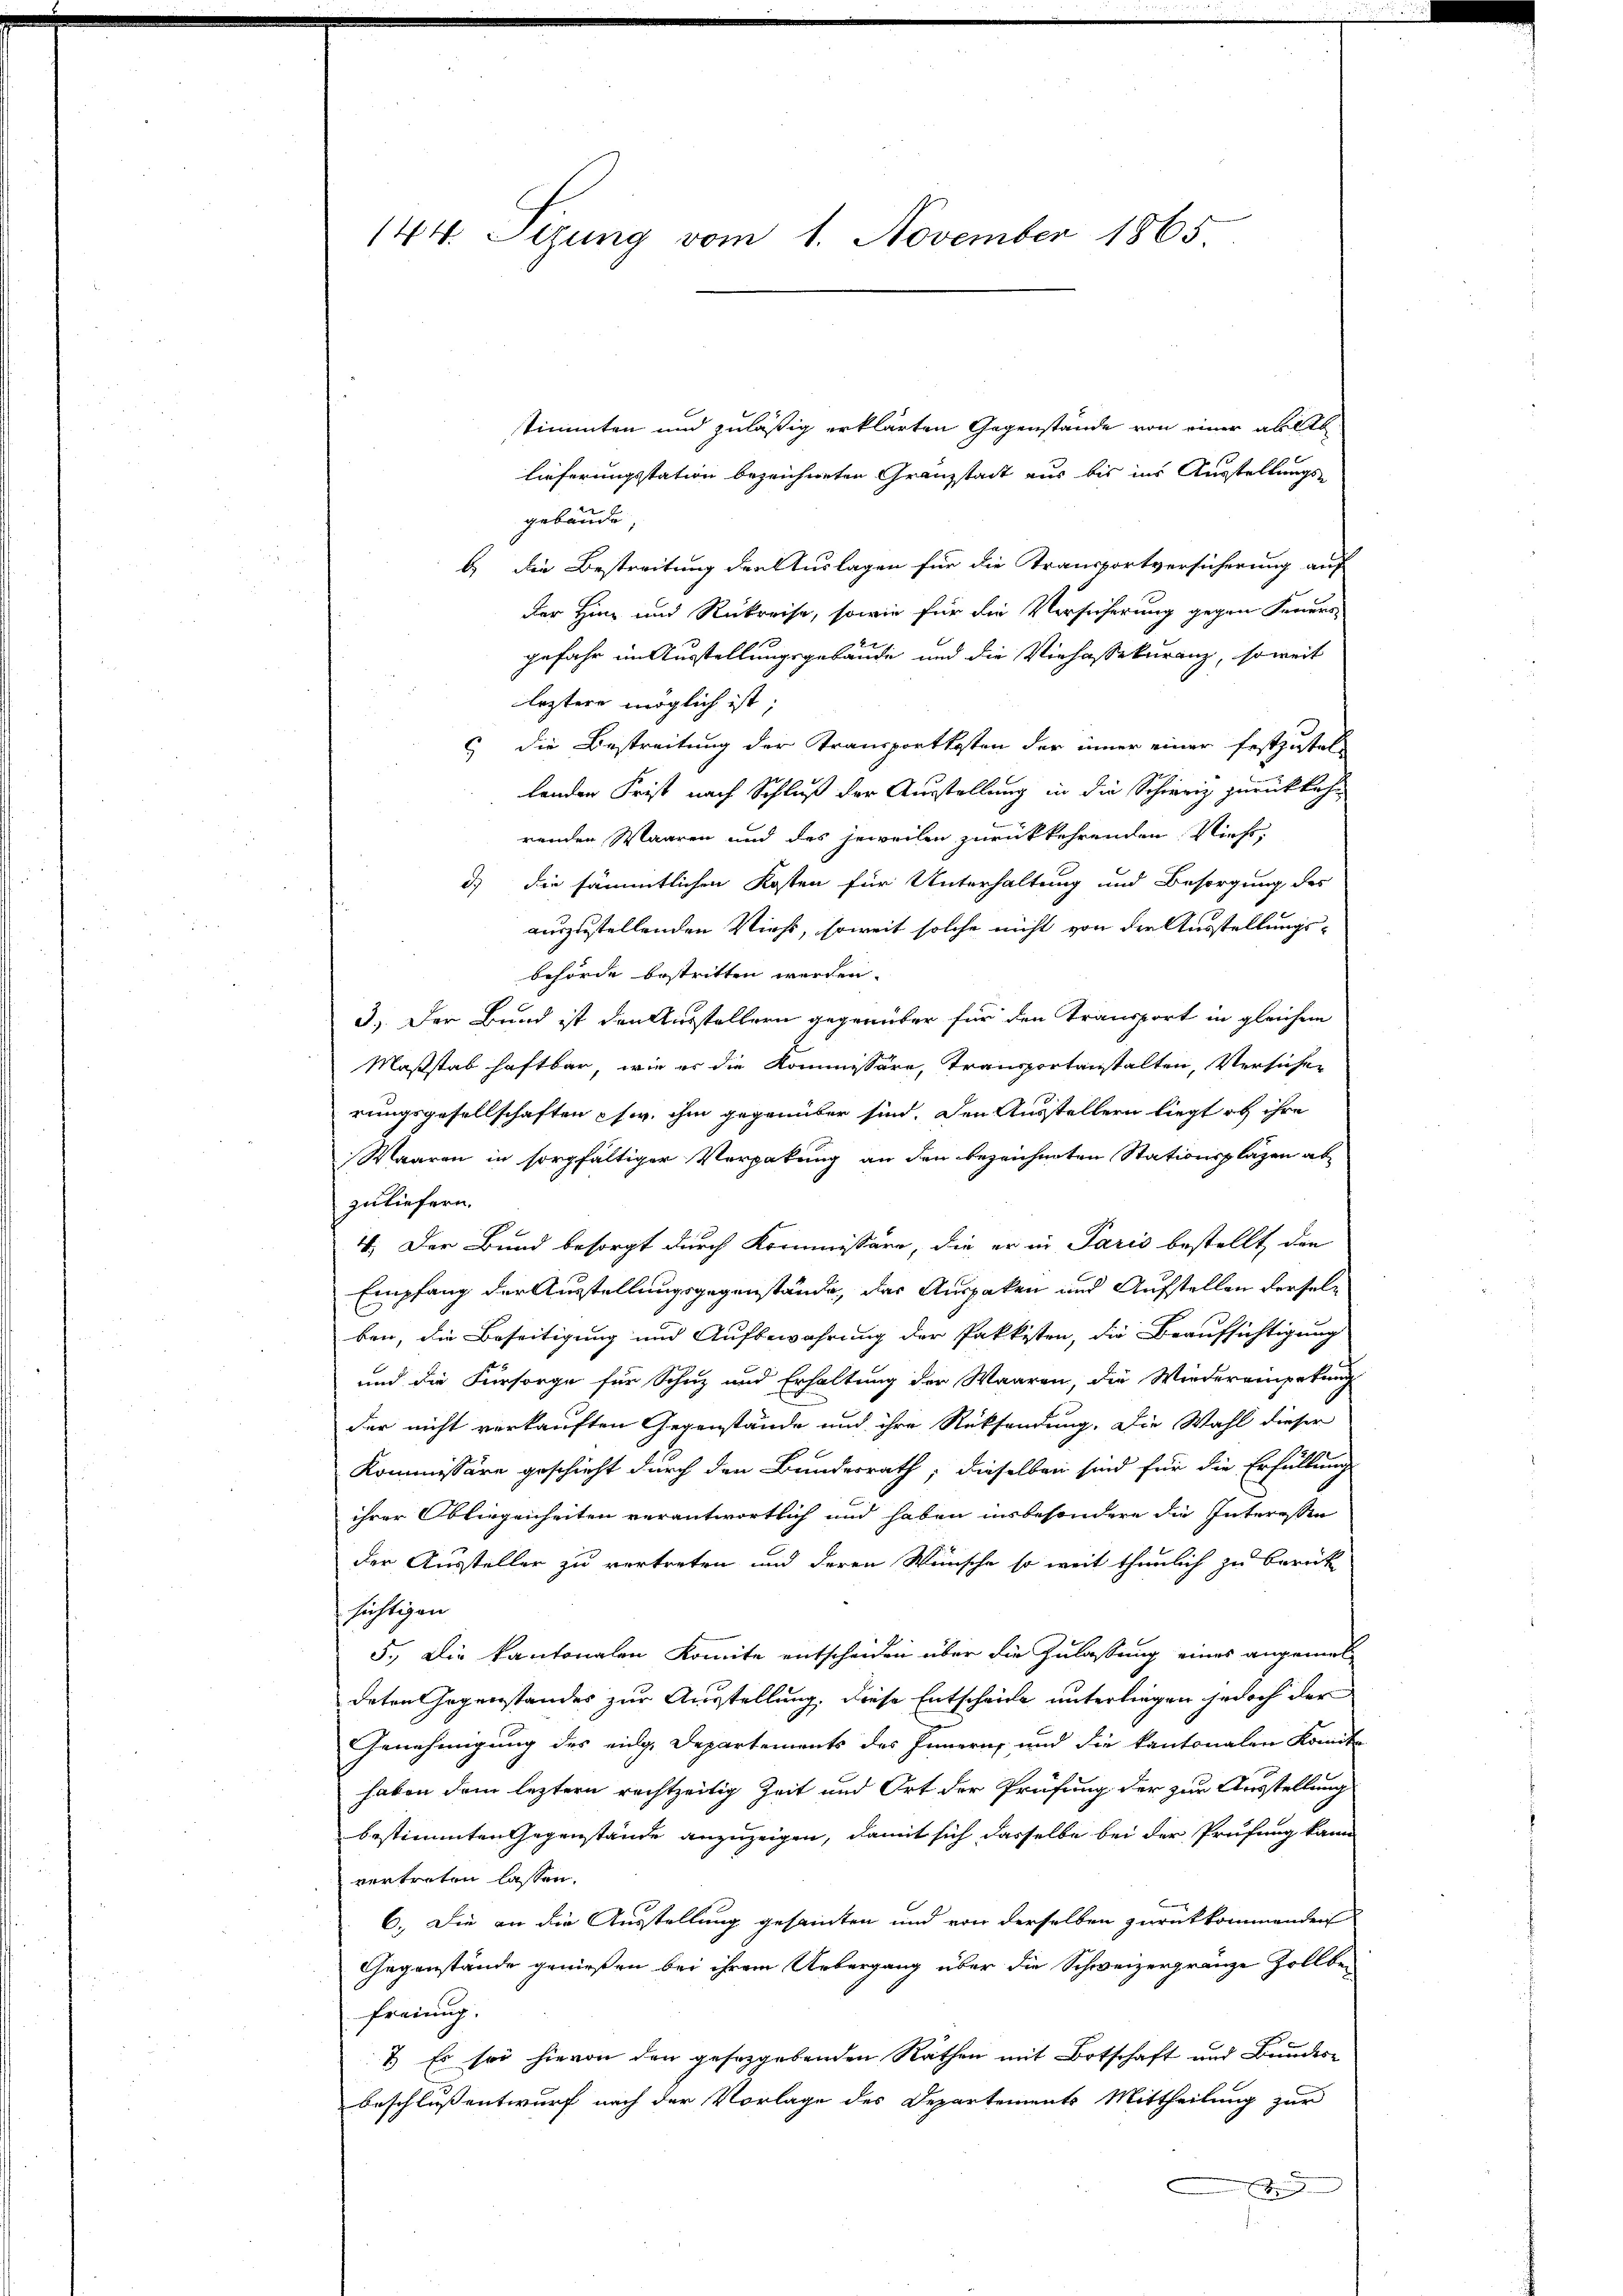
144. Sizung vom 1. November 1865

stimmten und zuläßig erklärten Gegenstände von einer abell
lieferungsstation bezeichneten Granzstadt aus bis ins Ausstellungs-
gebäude,
b.) Die Bestreitung der Auslagen für die Transportversicherung auf
der Hinz und Rukreise, sowie für die Versicherung gegen Feuers-
gefahr im Ausstellungsgebäude und die Viehassekuranz, soweit
leztere möglich ist;
c die Bestreitung der Transportkosten der inner einer festzustel-
landen Frist nach Schluß der Ausstellung in die Schierig zurückkehr
renden Waaren und des jeweilen zurückkehrenden Viehs,
d) die sämmtlichen Kosten für Unterhaltung und Besorgung des
auszustellenden Viehs, soweit solche nicht von der Ausstellungsbehörde bestritten werden.
3.) Der Bund ist den Ausstellern gegenüber für den Transport in gleichem
Maßstab haftbar, wie er die Kommissäre, Transportanstalten, Versicher
rungsgesellschaften usw. ihm gegenüber sind. Den Ausstellern liegt in ihre
Waaren in sorgfältiger Verpakung an den bezeichneten Stationsplazen ab
zuliefern.
V. Der Bund besorgt durch Kommissäre, die er in Paris bestellt, den
Empfang der Ausstellungsgegenstände, das Auspaken und Aufstellen derselben, die Beseitigung und Aufbewahrung der Pakkisten, die Beaufsichtigung
und die Fürsorge für Schuz und Erhaltung der Waaren, die Wiedereinpetung
der nicht verkauften Gegenstände und ihre Rücksendung. Die Wahl dieser
Kommissäre geschieht durch den Bundesrath, dieselben sind für die Erfüllung
ihrer Obliegenheiten verantwortlich und haben insbesondere die Interessen
der Aussteller zu vertreten und deren Wünsche so weit thunlich zu berück
sichtigen
5.) Die kantonalen Komite entscheiden über die Zulassung eines angemeldeten Gegenstandes zur Ausstellung, diese Entscheide unterliegen jedoch der
Genehmigung des eidg. Departements des Innern, und die kantonalen Komite
haben dem leztern rechtzeitig Zeit und Ort der Prüfung der zur Ausstellung
bestimmten Gegenstände anzuzeigen, damit sich dasselbe bei der Prüfung kann
vertreten lassen.
6. Die an die Ausstellung gesamten und von derselben zurückkommenden
Gegenstände genießen bei ihrem Uebergang über die Schweizergränze Zollber
freiung.
7. Es sei hievon den geseggebenden Räthen mit Botschaft und Bundesbeschluß entwurf nach der Vorlage des Departements Mittheilung zur
A